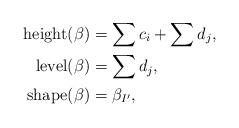
LaTeX: \begin{align*}\textup{height}(\beta) &= \sum c_i + \sum d_j, \\\textup{level}(\beta) &= \sum d_j, \\\textup{shape}(\beta) &= \beta_{I'},\end{align*}